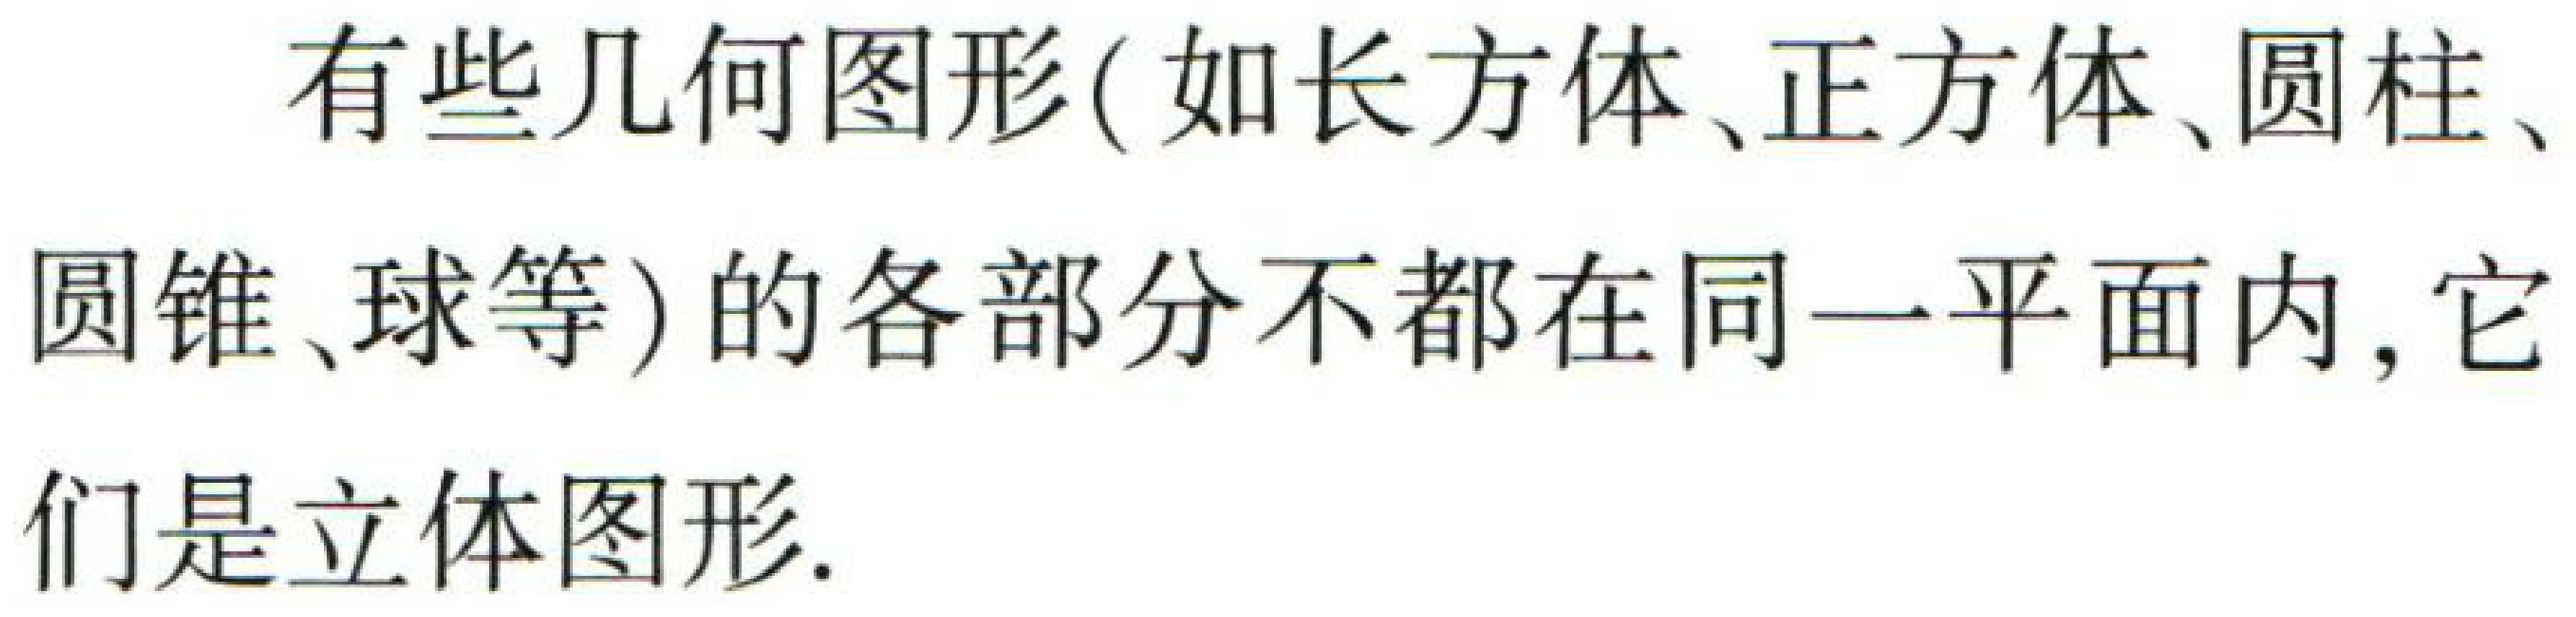
有些几何图形(如长方体、正方体、圆柱、圆锥、球等)的各部分不都在同一平面内, 它们是立体图形.